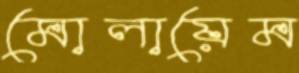
মোলায়েম